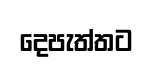
දෙපැත්තට